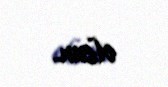
olsun.